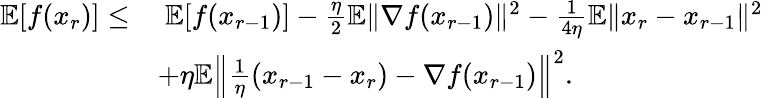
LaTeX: \begin{array}{rl}{\mathbb{E}[f(x_{r})]\leq}&{\ \mathbb{E}[f(x_{r-1})]-\frac{\eta}{2}\mathbb{E}\| \nabla f(x_{r-1})\| ^{2}-\frac{1}{4\eta}\mathbb{E}\| x_{r}-x_{r-1}\| ^{2}}\\ &{+\eta\mathbb{E}\left\| \frac{1}{\eta}(x_{r-1}-x_{r})-\nabla f(x_{r-1})\right\| ^{2}.}\end{array}